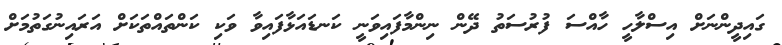
ގައިދީންނަށް އިސްލާހީ ހާއްސަ ފުރުސަތު ދޭން ނިންމާފައިވަނީ ކަނޑައަޅާފައިވާ ވަކި ކަންތައްތަކަށް އަރައިނުގަތުމަށް